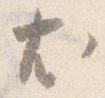
尤